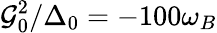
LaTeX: \mathcal{G}_{0}^{2}/\Delta_{0}=-100\omega_{B}